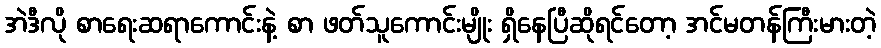
အဲဒီလို စာရေးဆရာကောင်းနဲ့ စာ ဖတ်သူကောင်းမျိုး ရှိနေပြီဆိုရင်တော့ အင်မတန်ကြီးမားတဲ့